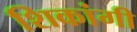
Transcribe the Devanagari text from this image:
शिकांगी